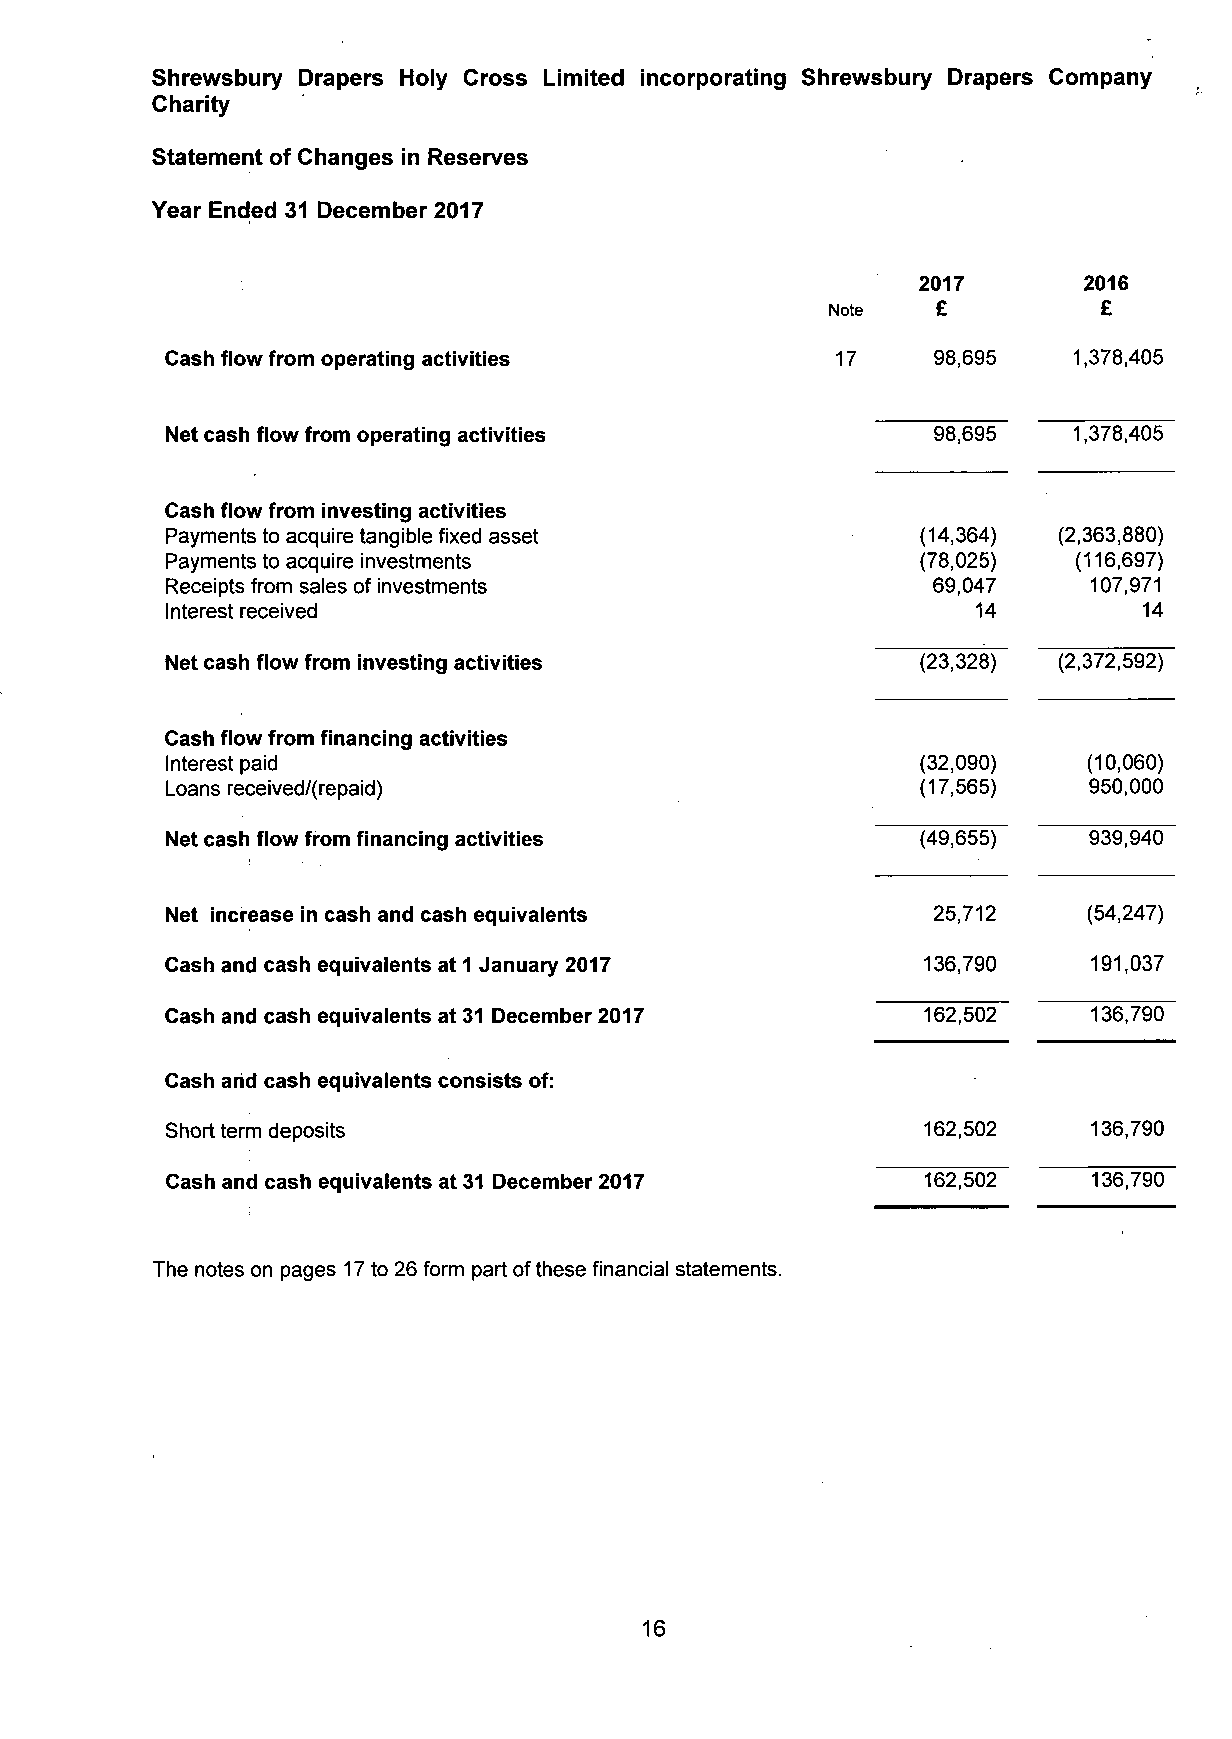
Shrewsbury Drapers Holy Cross Limited incorporating Shrewsbury Drapers Company
 Charity
 Statement of Changes in Reserves
 Year Ended 31 December 2017
 2017       2016
 Note   £          £
 Cash flow from operating activities         17     98,695   1,378,405
 Net cash flow from operating activities            98,695   1,378,405
 Cash flow from investing activities
 Payments to acquire tangible fixed asset          (14,364) (2,363,880)
 Payments to acquire investments                   (78,025)  (116,697)
 Receipts from sales of investments                 69,047    107,971
 Interest received                                     14         14
 Net cash flow from investing activities           (23,328) (2,372,592)
 Cash flow from financing activities
 Interest paid                                     (32,090)   (10,060)
 Loans received/(repaid)                           (17,565)   950,000
 Net cash flow from financing activities           (49,655)   939,940
 Net increase in cash and cash equivalents          25,712    (54,247)
 Cash and cash equivalents at 1 January 2017       136,790    191,037
 Cash and cash equivalents at 31 December 2017     162,502    136,790
 Cash ahd cash equivalents consists of:
 Short term deposits                               162,502    136,790
 Cash and cash equivalents at 31 December 2017     162,502    136,790
 The notes on pages 17 to 26 form part of these financial statements.
 16